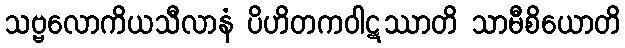
သဗ္ဗလောကိယသီလာနံ ပိဟိတကဝါဋဿာတိ သာမီစိယောတိ